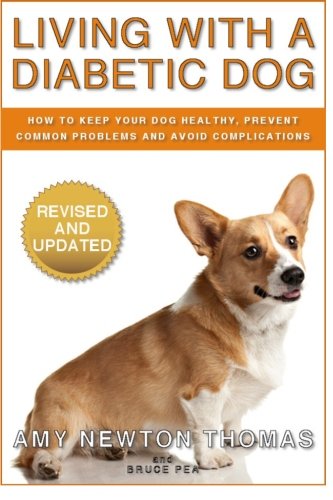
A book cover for Living With A Diabetic Dog: How To Keep Your Dog Healthy, Prevent Common Problems And Avoid Complications; Amy Newton Thomas; Medical Books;